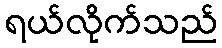
ရယ်လိုက်သည်